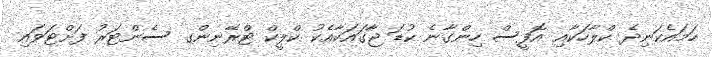
ހަމައެކަނިދެ ކްލާހަކާއި އޮފީސް ހިންގާނެ ކުޑަ ޖާގައަކާއެކު ކްލީކް ޓްރޭނިންގ ސެންޓަރު ފަށްޓަވައި